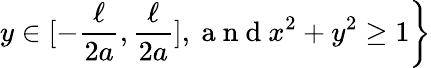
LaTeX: \left.y\in[-\frac{\ell}{2a},\frac{\ell}{2a}],\mathrm{~a~n~d~}x^{2}+y^{2}\geq 1\right\}